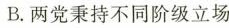
B. 两党秉持不同阶级立场